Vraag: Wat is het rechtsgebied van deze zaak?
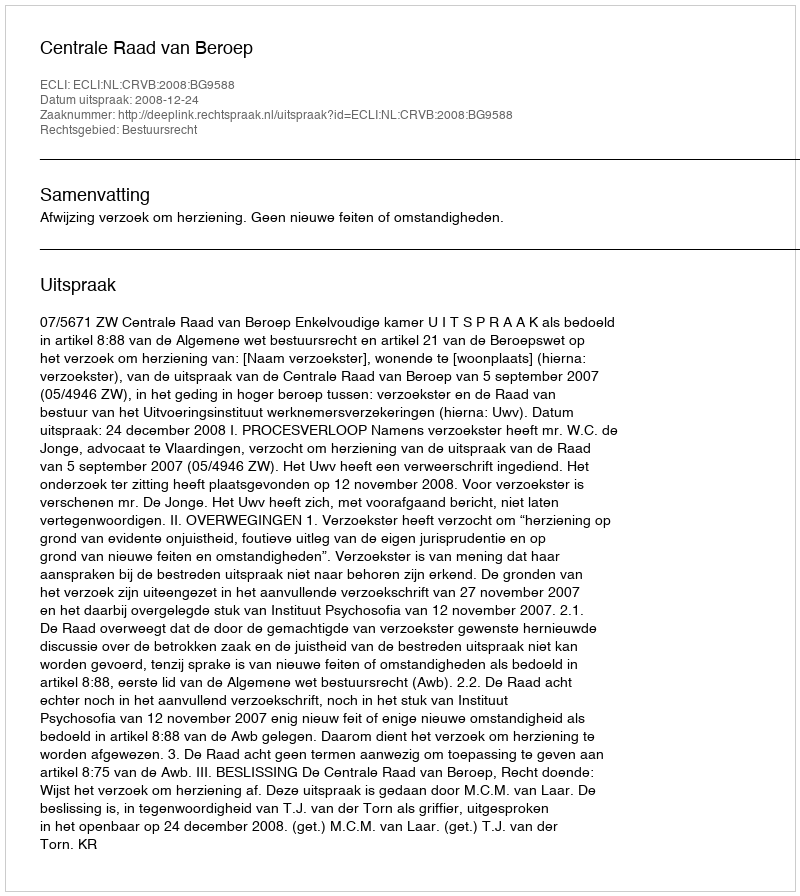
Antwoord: Bestuursrecht